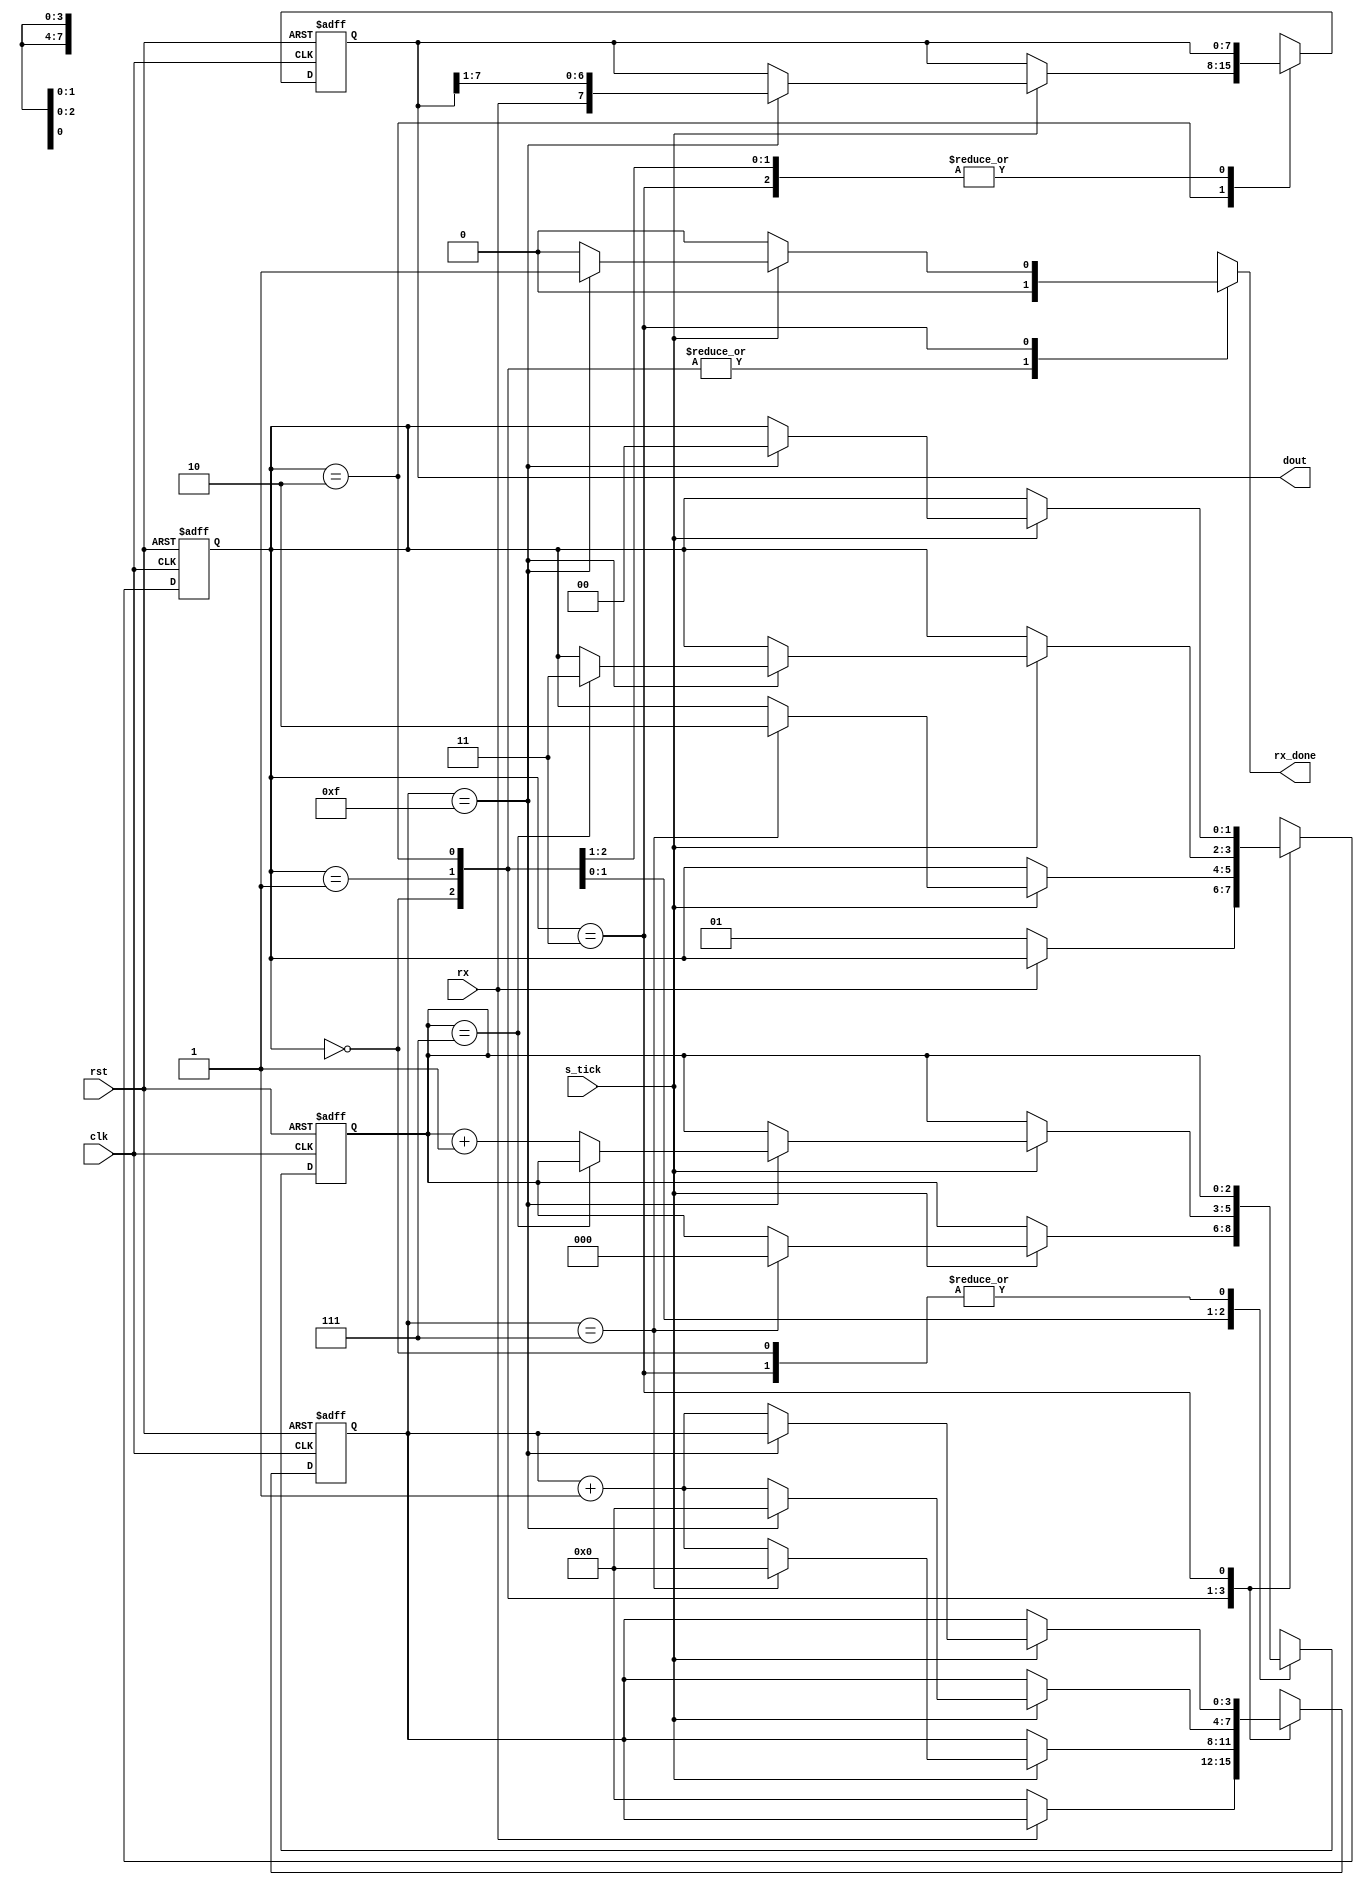
module rx(dout,rx_done,s_tick,rx,clk,rst);
	parameter data_size = 8, stop_ticks = 16;
	input wire clk, rst, rx, s_tick;
	output reg rx_done;
	output wire [data_size-1:0] dout;
	
	reg [1:0] state_reg, state_next;
	reg [3:0] s_reg, s_next;
	reg [2:0] n_reg, n_next;
	reg [data_size-1:0] b_reg, b_next;
	
	localparam [1:0]
		idle = 2'b00,
		start = 2'b01,
		data = 2'b10,
		stop = 2'b11;
	
	//state and register logic
	always @(posedge clk, posedge rst)
		begin
		if(rst)
			begin
			state_reg <= idle;
			s_reg <= 0;
			n_reg <= 0;
			b_reg <= 0;
			end
		else
			begin
			state_reg <= state_next;
			s_reg <= s_next;
			n_reg <= n_next;
			b_reg <= b_next;
			end
		end
		
	//next state and output logic
	always @*
		begin
		state_next = state_reg;
		s_next = s_reg;
		n_next = n_reg;
		b_next = b_reg;
		rx_done = 1'b0;
		case(state_reg)
			idle:
				begin
				if(rx==0)
					begin
					s_next = 0;
					state_next = start;
					end
				end
			start:
				begin
				if(s_tick==1)
					begin
					if(s_reg==7)
						begin
						s_next = 0;
						n_next = 0;
						state_next = data;
						end
					else
						begin
						s_next = s_reg + 1;
						end
					end
				end
			data:
				begin
				if(s_tick==1)
					begin
					if(s_reg==15)
						begin
						s_next = 0;
						b_next = {rx,b_reg[7:1]};
						if(n_reg==data_size-1)
							state_next = stop;
						else
							n_next = n_reg + 1;
						end
					else
						s_next = s_reg + 1;
					end
				end
			stop:
				begin
					if(s_tick==1)
						begin
						if(s_reg==stop_ticks-1)
							begin
							rx_done = 1'b1;
							state_next = idle;
							end
						else
							s_next = s_reg + 1;
						end
				end
		endcase
		end
	assign dout = b_reg;
endmodule